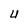
Character: U